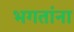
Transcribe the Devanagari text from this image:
भगतांना